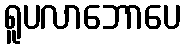
ရူပလာဘောပေ